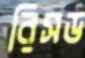
রিসড